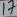
Text: 17